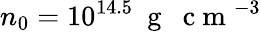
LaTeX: n_{0}=10^{14.5}~\mathrm{~g~~~c~m~}^{-3}